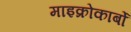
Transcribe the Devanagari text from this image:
माइक्रोकार्बो